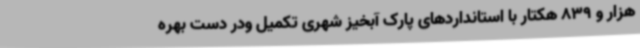
هزار و 839 هکتار با استانداردهای پارک آبخیز شهری تکمیل ودر دست بهره